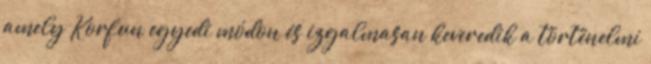
amely Korfun egyedi módon és izgalmasan keveredik a történelmi